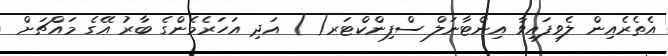
އެތެރެއިން ލެވިފައިވާ އިންޓާނަލް ސްފިންކްޓަރ( ) އަދި އަހަރެމެންގެ ބާރު އޭގެ މައްޗަށް